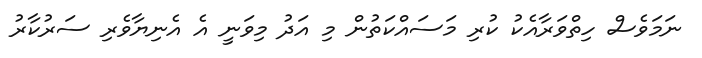
ނަމަވެސް ހިތްވަރާއެކު ކުރި މަސައްކަތުން މި އަދު މިވަނީ އެ އެނިޔާވެރި ސަރުކާރު